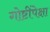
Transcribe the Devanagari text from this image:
गोष्टींपेक्षा